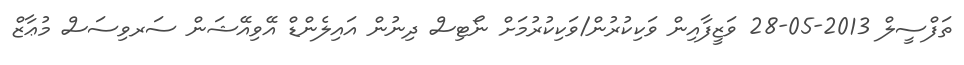
ތަފްސީލް 2013-05-28 ވަޒީފާއިން ވަކިކުރުން/ވަކިކުރުމަށް ނޯޓިސް ދިނުން އައިލެންޑް އޭވިއޭޝަން ސަރވިސަސް މުޢާޒް